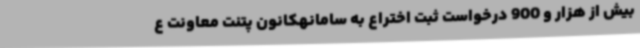
بیش از هزار و 900 درخواست ثبت اختراع به سامانهکانون پتنت معاونت ع